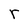
Character: r